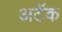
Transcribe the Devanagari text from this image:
अटॅक